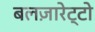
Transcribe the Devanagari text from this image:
बलज़ारेट्टो